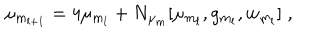
LaTeX: \mu _ { m _ { l + 1 } } = 4 \mu _ { m _ { l } } + N _ { \mu _ { m } } [ \mu _ { m _ { l } } , g _ { m _ { l } } , w _ { m _ { l } } ] \; ,